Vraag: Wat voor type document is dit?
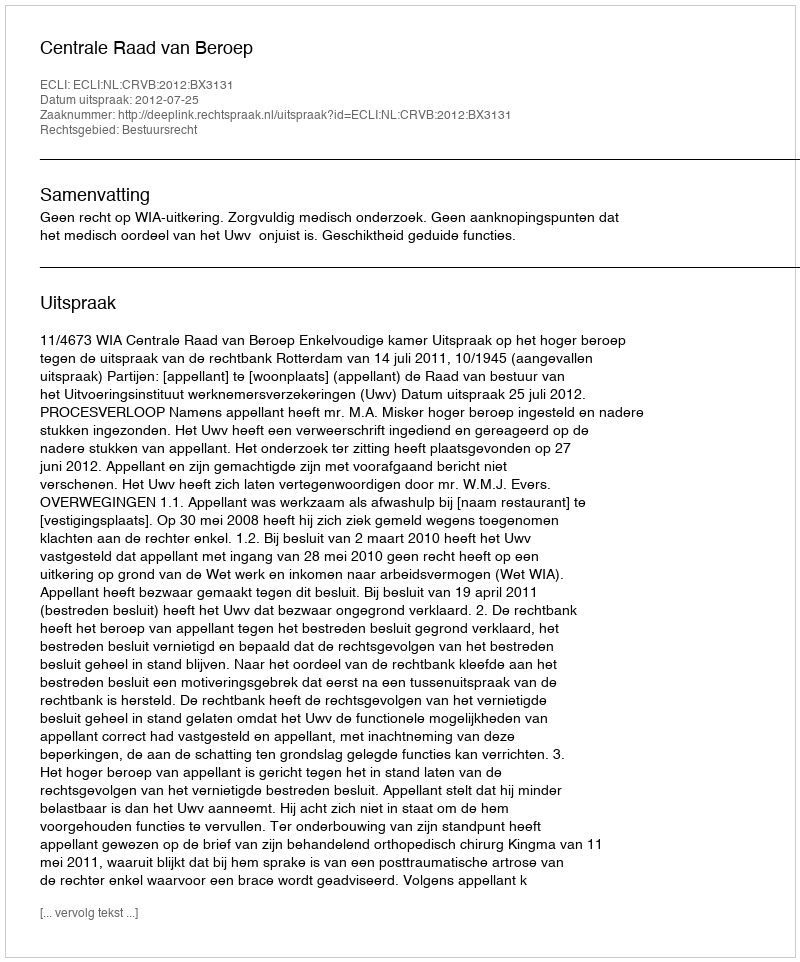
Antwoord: Uitspraak